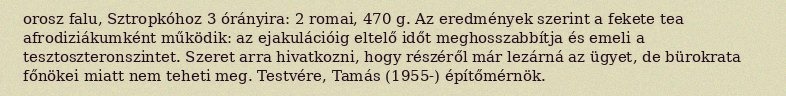
orosz falu, Sztropkóhoz 3 órányira: 2 romai, 470 g. Az eredmények szerint a fekete tea afrodiziákumként működik: az ejakulációig eltelő időt meghosszabbítja és emeli a tesztoszteronszintet. Szeret arra hivatkozni, hogy részéről már lezárná az ügyet, de bürokrata főnökei miatt nem teheti meg. Testvére, Tamás (1955-) építőmérnök.